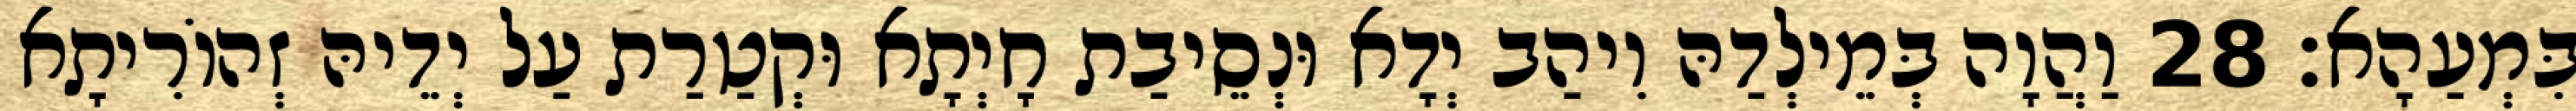
בִּמְעַהָא׃ 28 וַהֲוָה בְּמֵילְדַהּ וִיהַב יְדָא וּנְסֵיבַת חָיְתָא וּקְטַרַת עַל יְדֵיהּ זְהוֹרִיתָא